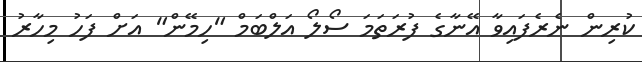
ކުރިން ނެރެފައިވާ އޭނާގެ ފުރަތަމަ ސޯލޯ އަލްބަމް "ހިމޭން" އަށް ފަހު މިހާރު